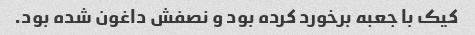
کیک با جعبه برخورد کرده بود و نصفش داغون شده بود.